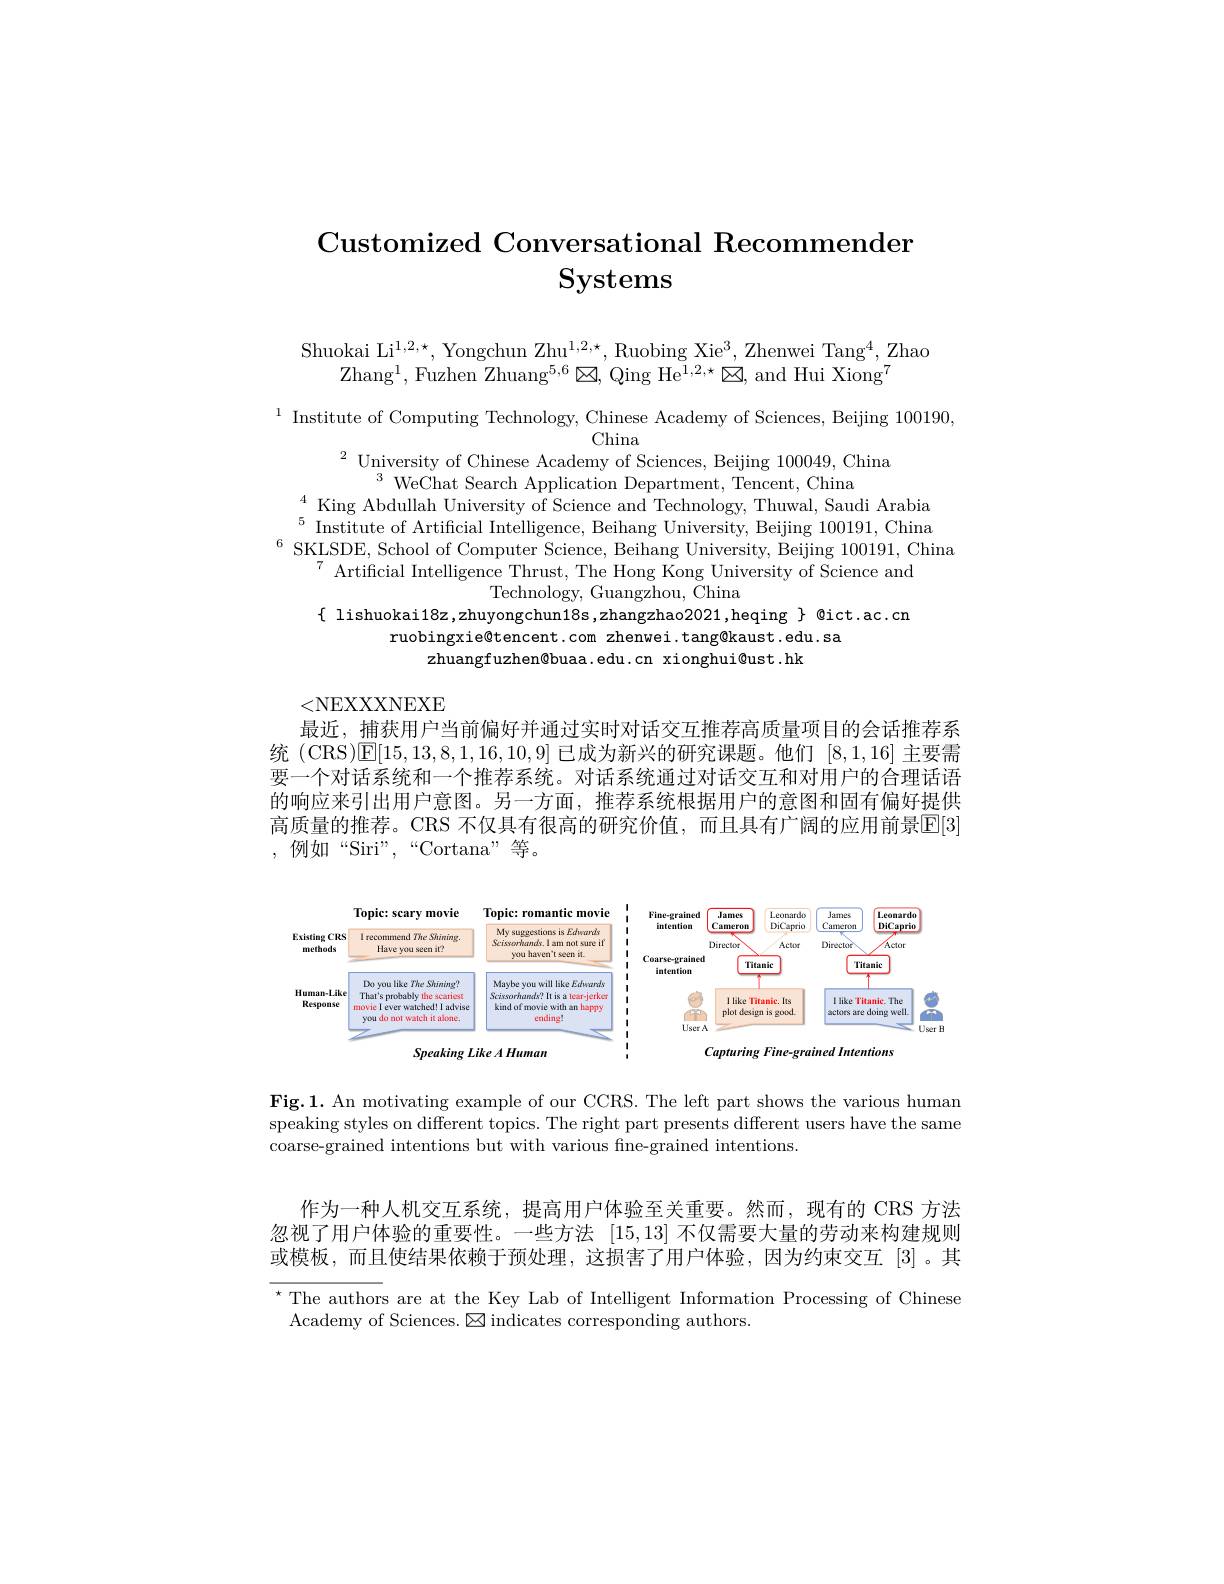
# Customized Conversational Recommender Systems

Shuokai Li$^1,2,\star$, Yongchun Zhu$^1,2,\star$, Ruobing Xie$^3$, Zhenwei Tang$^4$,Zhao
$\mathrm{Zhang}^{1}$,Fuzhen Zhuang$^5,6\boxtimes$,Qing He$^{1,2,\star}\boxtimes$,and Hui Xiong$^7$

$\begin{array}{l}{1}&{\mathrm{Institute~of~Computing~Technology,~Chinese~Academy~of~Sciences,~Beijing~100190,}}\\&{\mathrm{China}}\end{array}$
$^{2}$ University of Chinese Academy of Sciences, Beijing 100049, China

$^{3}$ WeChat Search Application Department, Tencent, China
$^{4}$King Abdullah University of Science and Technology, Thuwal, Saudi Arabia $^{5}$ Institute of Artificial Intelligence, Beihang University, Beijing 100191, China
$^{6}$SKLSDE, School of Computer Science, Beihang University, Beijing 100191, China
$^{7}$Artificial Intelligence Thrust, The Hong Kong University of Science and
Technology, Guangzhou, China
$\{$ lishuokai18z,zhuyongchun18s,zhangzhao2021,heqing $\}$ @ict.ac.cn
ruobingxie@tencent.com zhenwei.tang@kaust.edu.sa
zhuangfuzhen@buaa.edu.cn xionghui@ust.hk

<NEXXXNEXE

最近，捕获用户当前偏好并通过实时对话交互推荐高质量项目的会话推荐系统(CRS)E[15,13,8,1,16,10,9]已成为新兴的研究课题。他们[8,1,16]主要需要一个对话系统和一个推荐系统。对话系统通过对话交互和对用户的合理话语的响应来引出用户意图。另一方面，推荐系统根据用户的意图和固有偏好提供高质量的推荐。CRS 不仅具有很高的研究价值，而且具有广阔的应用前景E[3] ,例如“Siri”,“Cortana”等。

<FigureHere>

<FigureHere>

$\mathbf{Fig.1.~An~motivating~example~of~our~CCRS.~The~left~part~shows~the~various~human}$ speaking styles on different topics. The right part presents different users have the same coarse-grained intentions but with various fine-grained intentions.

作为一种人机交互系统，提高用户体验至关重要。然而，现有的 CRS 方法忽视了用户体验的重要性。一些方法[15,13]不仅需要大量的劳动来构建规则或模板，而且使结果依赖于预处理，这损害了用户体验，因为约束交互[3]。其

$^{\star}$ The authors are at the Key Lab of Intelligent Information Processing of Chinese
Academy of Sciences. $\boxtimes$indicates corresponding authors.